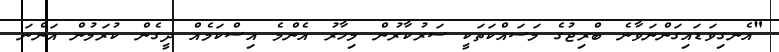
"އެނގިވަޑައިގަންނަވާނެ ބްރިޖުގެ މަސައްކަތަކީ ސަރުކާރުން މިހާރު އެންމެ އިސްކަމެއް ދީގެން ކުރަމުން އަންނަ